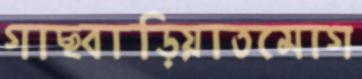
গাছবাড়িয়াতমোগ